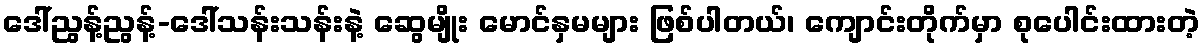
ဒေါ်ညွန့်ညွန့်-ဒေါ်သန်းသန်းနဲ့ ဆွေမျိုး မောင်နှမများ ဖြစ်ပါတယ်၊ ကျောင်းတိုက်မှာ စုပေါင်းထားတဲ့